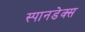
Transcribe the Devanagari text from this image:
स्पानडेक्स